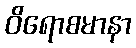
ဝိရောစမာနာ